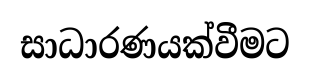
සාධාරණයක්වීමට